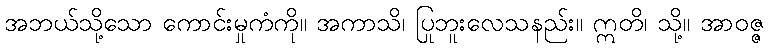
အဘယ်သို့သော ကောင်းမှုကံကို။ အကာသိ၊ ပြုဘူးလေသနည်း။ ဣတိ၊ သို့။ အာဝဇ္ဇ